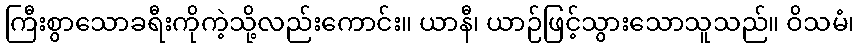
ကြီးစွာသောခရီးကိုကဲ့သို့လည်းကောင်း။ ယာနီ၊ ယာဉ်ဖြင့်သွားသောသူသည်။ ဝိသမံ၊